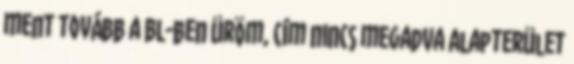
ment tovább a BL-ben Üröm, cím nincs megadva Alapterület